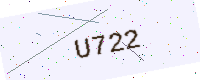
Text: U722